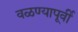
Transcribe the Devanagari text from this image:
वळण्यापूर्वी